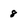
Character: 8